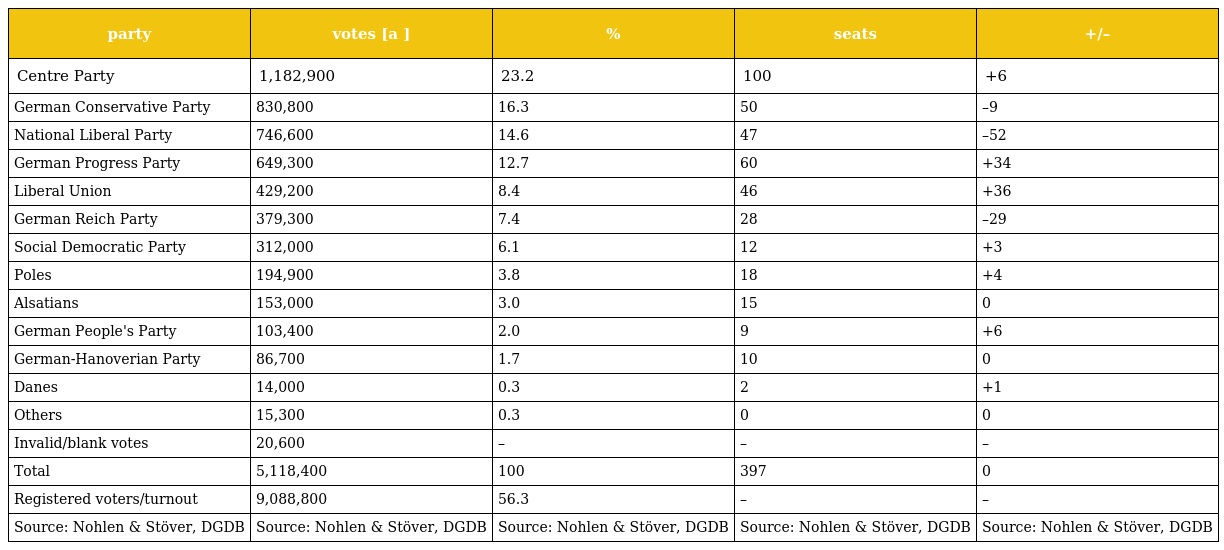
| party | votes [a ] | % | seats | +/– |
 | --- | --- | --- | --- | --- |
 | Centre Party | 1,182,900 | 23.2 | 100 | +6 |
 | German Conservative Party | 830,800 | 16.3 | 50 | –9 |
 | National Liberal Party | 746,600 | 14.6 | 47 | –52 |
 | German Progress Party | 649,300 | 12.7 | 60 | +34 |
 | Liberal Union | 429,200 | 8.4 | 46 | +36 |
 | German Reich Party | 379,300 | 7.4 | 28 | –29 |
 | Social Democratic Party | 312,000 | 6.1 | 12 | +3 |
 | Poles | 194,900 | 3.8 | 18 | +4 |
 | Alsatians | 153,000 | 3.0 | 15 | 0 |
 | German People's Party | 103,400 | 2.0 | 9 | +6 |
 | German-Hanoverian Party | 86,700 | 1.7 | 10 | 0 |
 | Danes | 14,000 | 0.3 | 2 | +1 |
 | Others | 15,300 | 0.3 | 0 | 0 |
 | Invalid/blank votes | 20,600 | – | – | – |
 | Total | 5,118,400 | 100 | 397 | 0 |
 | Registered voters/turnout | 9,088,800 | 56.3 | – | – |
 | Source: Nohlen & Stöver, DGDB | Source: Nohlen & Stöver, DGDB | Source: Nohlen & Stöver, DGDB | Source: Nohlen & Stöver, DGDB | Source: Nohlen & Stöver, DGDB |